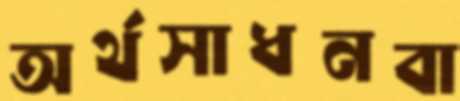
অর্থসাধনবা